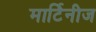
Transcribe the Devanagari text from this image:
मार्टिनीज